Plague in India, 1896, 1897 - Volume 1
Year: 1896
Disease focus: Plague
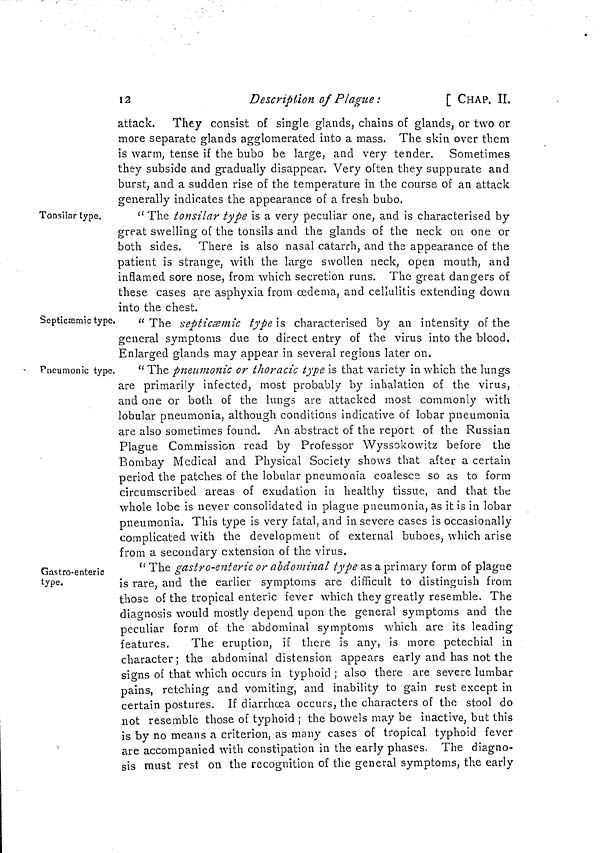
12
Description of Plague :
[ CHAP, II.
attack. They consist of single glands, chains of glands, or two or
more separate glands agglomerated into a mass. The skin over them
is warm, tense if the bubo be large, and very tender. Sometimes
they subside and gradually disappear. Very often they suppurate and
burst, and a sudden rise of the temperature in the course of an attack
generally indicates the appearance of a fresh bubo.
Tonsilar type.
" The tonsilar type is a very peculiar one, and is characterised by
great swelling of the tonsils and the glands of the neck on one or
both sides. There is also nasal catarrh, and the appearance of the
patient is strange, with the large swollen neck, open mouth, and
inflamed sore nose, from which secretion runs. The great dangers of
these cases are asphyxia from œdema, and cellulitis extending down
into the chest.
Septiæemic type,
"The septicæmic type is characterised by an intensity of the
general symptoms due to direct entry of the virus into the blood.
Enlarged glands may appear in several regions later on.
Pneumonic type.
"The pneumonic or thoracic type is that variety in which the lungs
are primarily infected, most probably by inhalation of the virus,
and one or both of the lungs are attacked most commonly with
lobular pneumonia, although conditions indicative of lobar pneumonia
are also sometimes found. An abstract of the report of the Russian
Plague Commission read by Professor Wyssokowitz before the
Bombay Medical and Physical Society shows that after a certain
period the patches of the lobular pneumonia coalesce so as to form
circumscribed areas of exudation in healthy tissue, and that the
whole lobe is never consolidated in plague pneumonia, as it is in lobar
pneumonia. This type is very fatal, and in severe cases is occasionally
complicated with the development of external buboes, which arise
from a secondary extension of the virus.
Gastro-enteric
type.
" The gastro-enteric or abdominal type as a primary form of plague
is rare, and the earlier symptoms are difficult to distinguish from
those of the tropical enteric fever which they greatly resemble. The
diagnosis would mostly depend upon the general symptoms and the
peculiar form of the abdominal symptoms which are its leading
features.
The eruption, if there is any, is more petechial in
character ; the abdominal distension appears early and has not the
signs of that which occurs in typhoid ; also there are severe lumbar
pains, retching and vomiting, and inability to gain rest except in
certain postures. If diarrhoea occurs, the characters of the stool do
not resemble those of typhoid ; the bowels may be inactive, but this
is by no means a criterion, as many cases of tropical typhoid fever
are accompanied with constipation in the early phases. The diagno-
sis must rest on the recognition of the general symptoms, the early